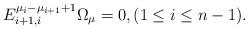
LaTeX: \begin{align*}E_{i+1,i}^{\mu_i-\mu_{i+1}+1}\Omega_\mu=0, (1\leq i \leq n-1).\end{align*}